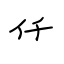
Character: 仟